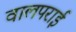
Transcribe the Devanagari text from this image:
वालपराई